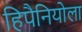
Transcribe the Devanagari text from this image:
हिपैनियोला